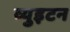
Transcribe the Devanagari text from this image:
व्युइटन